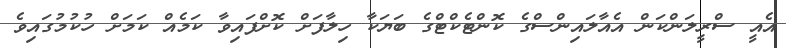
އެއީ ސްރީލަންކަން އެއާލައިންސްގެ ކޮންޓެކްޓްގެ ބަޔަކާ ހިލާފަށް ކޮށްފައިވާ ކަމެއް ކަމަށް ހުކުމުގައިވެ